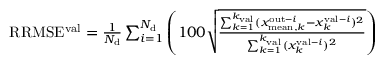
\begin{array} { r } { \mathrm { R R M S E ^ { v a l } } = \frac { 1 } { N _ { \mathrm { d } } } \sum _ { i = 1 } ^ { N _ { \mathrm { d } } } \left( 1 0 0 \sqrt { \frac { \sum _ { k = 1 } ^ { k _ { \mathrm { v a l } } } ( x _ { \mathrm { m e a n } , k } ^ { \mathrm { o u t } - i } - x _ { k } ^ { \mathrm { v a l } - i } ) ^ { 2 } } { \sum _ { k = 1 } ^ { k _ { \mathrm { v a l } } } ( x _ { k } ^ { \mathrm { v a l } - i } ) ^ { 2 } } } \right) } \end{array}